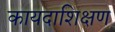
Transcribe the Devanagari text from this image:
कायदाशिक्षण